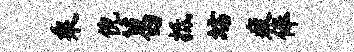
乘倪葛抵坊疲俸